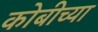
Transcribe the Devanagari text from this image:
कोबीच्या